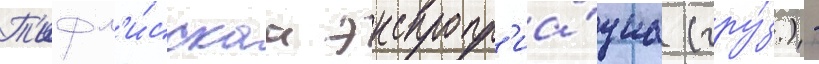
Т'ифл'и́сскаа экспропр'иа́циа (гру́з.) -